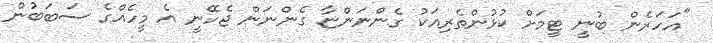
"އަހަރެން ބުނީ ޓީމަށް ކުޅުންތެރިއަކު ގެންނަންޏާ ގެންނަން ޖެހޭނީ އެ މީހެއްގެ ސަބަބުން